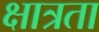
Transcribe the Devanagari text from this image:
क्षात्रता